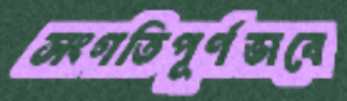
সংগতিপূর্ণভাবে